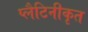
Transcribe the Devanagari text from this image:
प्लैटिनीकृत